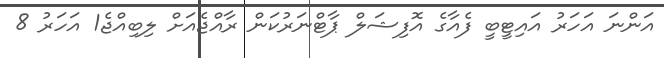
އަންނަ އަހަރު އައިޓީބީ ފެއާގެ އޮފިޝަލް ޕާޓްނަރުކަން ރާއްޖެއަށް ލިބިއްޖެ1 އަހަރު 8